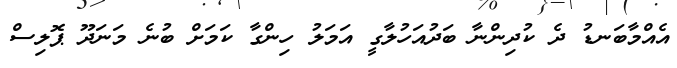
އެއްމާބަނޑު ދެ ކުދިންނާ ބަދުއަހުލާގީ އަމަލު ހިންގާ ކަމަށް ބުނެ މަނަދޫ ޕޮލިސް